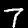
Label: 7